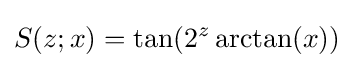
S(z;x)=\tan(2^{z}\arctan(x))